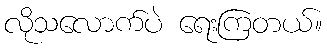
လိုသလောက်ပဲ ရေးကြတယ်။